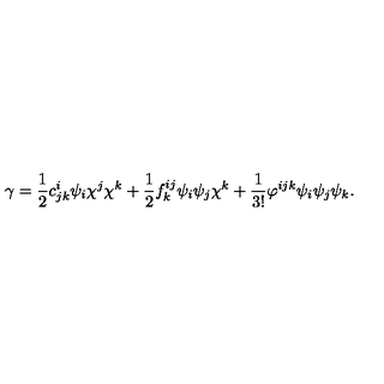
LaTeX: \gamma = \frac { 1 } { 2 } c _ { j k } ^ { i } \psi _ { i } \chi ^ { j } \chi ^ { k } + \frac { 1 } { 2 } f _ { k } ^ { i j } \psi _ { i } \psi _ { j } \chi ^ { k } + \frac { 1 } { 3 ! } \varphi ^ { i j k } \psi _ { i } \psi _ { j } \psi _ { k } .